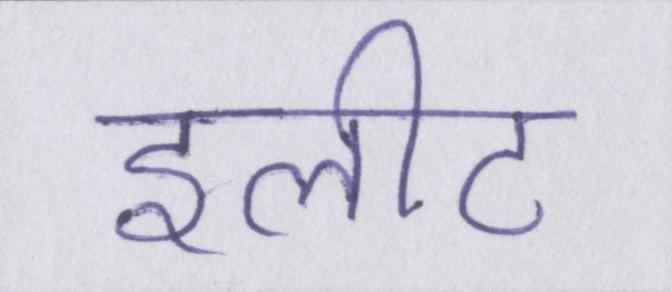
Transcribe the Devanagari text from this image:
इलीट